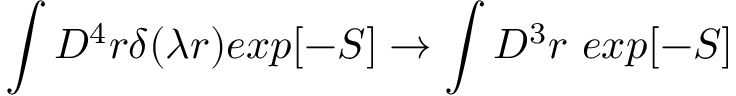
\int D ^ { 4 } r \delta ( \lambda r ) e x p [ - S ] \rightarrow \int D ^ { 3 } r ~ e x p [ - S ]